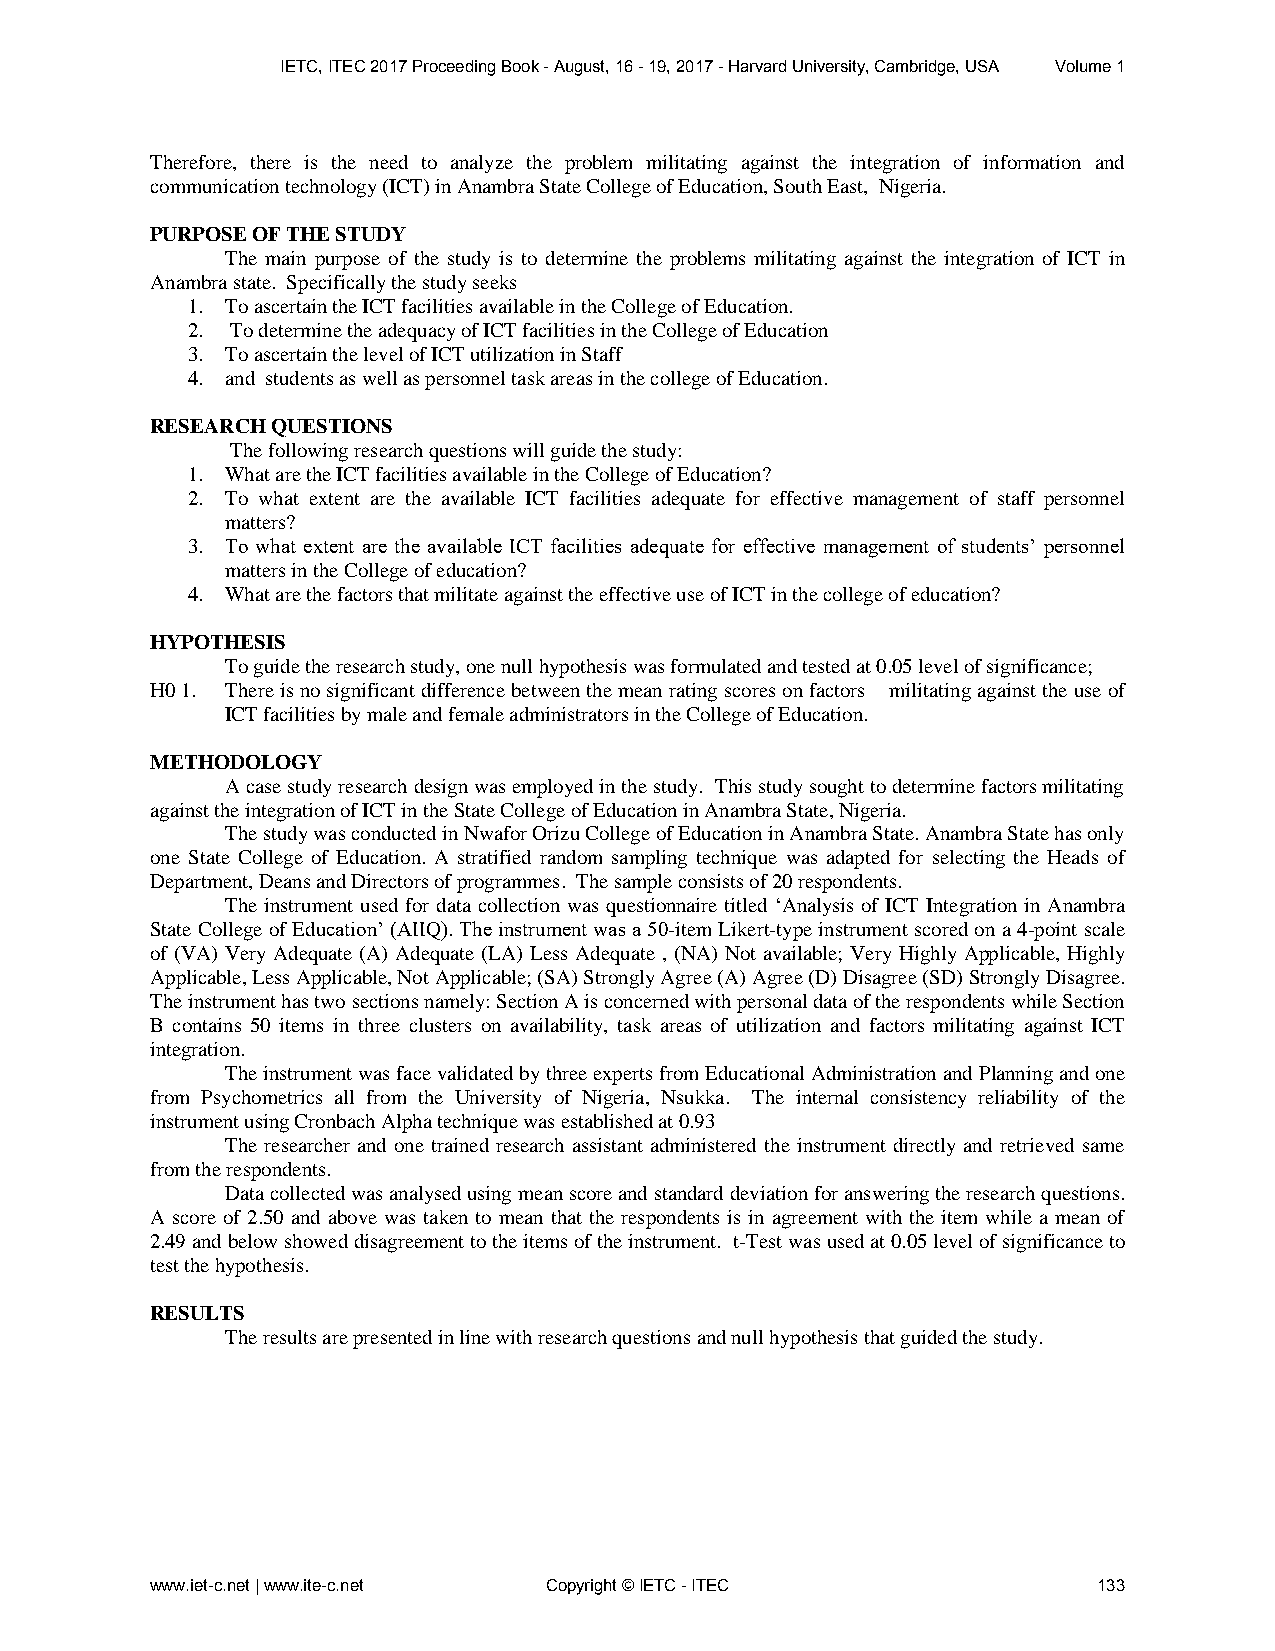
IETC, ITEC 2017 Proceeding Book - August, 16 - 19, 2017 - Harvard University, Cambridge, USA Volume 1
 Therefore, there is the need to analyze the problem militating against the integration of information and
 communication technology (ICT) in Anambra State College of Education, South East, Nigeria.
 PURPOSE OF THE STUDY
 The main purpose of the study is to determine the problems militating against the integration of ICT in
 Anambra state. Specifically the study seeks
 1. To ascertain the ICT facilities available in the College of Education.
 2. To determine the adequacy of ICT facilities in the College of Education
 3. To ascertain the level of ICT utilization in Staff
 4. and students as well as personnel task areas in the college of Education.
 RESEARCH QUESTIONS
 The following research questions will guide the study:
 1. What are the ICT facilities available in the College of Education?
 2. To what extent are the available ICT facilities adequate for effective management of staff personnel
 matters?
 3. To what extent are the available ICT facilities adequate for effective management of students’ personnel
 matters in the College of education?
 4. What are the factors that militate against the effective use of ICT in the college of education?
 HYPOTHESIS
 To guide the research study, one null hypothesis was formulated and tested at 0.05 level of significance;
 H0 1. There is no significant difference between the mean rating scores on factors militating against the use of
 ICT facilities by male and female administrators in the College of Education.
 METHODOLOGY
 A case study research design was employed in the study. This study sought to determine factors militating
 against the integration of ICT in the State College of Education in Anambra State, Nigeria.
 The study was conducted in Nwafor Orizu College of Education in Anambra State. Anambra State has only
 one State College of Education. A stratified random sampling technique was adapted for selecting the Heads of
 Department, Deans and Directors of programmes. The sample consists of 20 respondents.
 The instrument used for data collection was questionnaire titled ‘Analysis of ICT Integration in Anambra
 State College of Education’ (AIIQ). The instrument was a 50-item Likert-type instrument scored on a 4-point scale
 of (VA) Very Adequate (A) Adequate (LA) Less Adequate , (NA) Not available; Very Highly Applicable, Highly
 Applicable, Less Applicable, Not Applicable; (SA) Strongly Agree (A) Agree (D) Disagree (SD) Strongly Disagree.
 The instrument has two sections namely: Section A is concerned with personal data of the respondents while Section
 B contains 50 items in three clusters on availability, task areas of utilization and factors militating against ICT
 integration.
 The instrument was face validated by three experts from Educational Administration and Planning and one
 from Psychometrics all from the University of Nigeria, Nsukka. The internal consistency reliability of the
 instrument using Cronbach Alpha technique was established at 0.93
 The researcher and one trained research assistant administered the instrument directly and retrieved same
 from the respondents.
 Data collected was analysed using mean score and standard deviation for answering the research questions.
 A score of 2.50 and above was taken to mean that the respondents is in agreement with the item while a mean of
 2.49 and below showed disagreement to the items of the instrument. t-Test was used at 0.05 level of significance to
 test the hypothesis.
 RESULTS
 The results are presented in line with research questions and null hypothesis that guided the study.
 www.iet-c.net | www.ite-c.net Copyright © IETC - ITEC          133